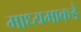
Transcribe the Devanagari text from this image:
माध्यमाकडे